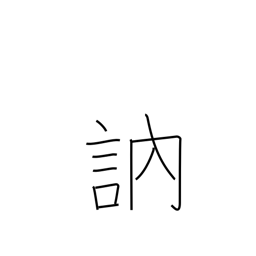
Meaning: stutter